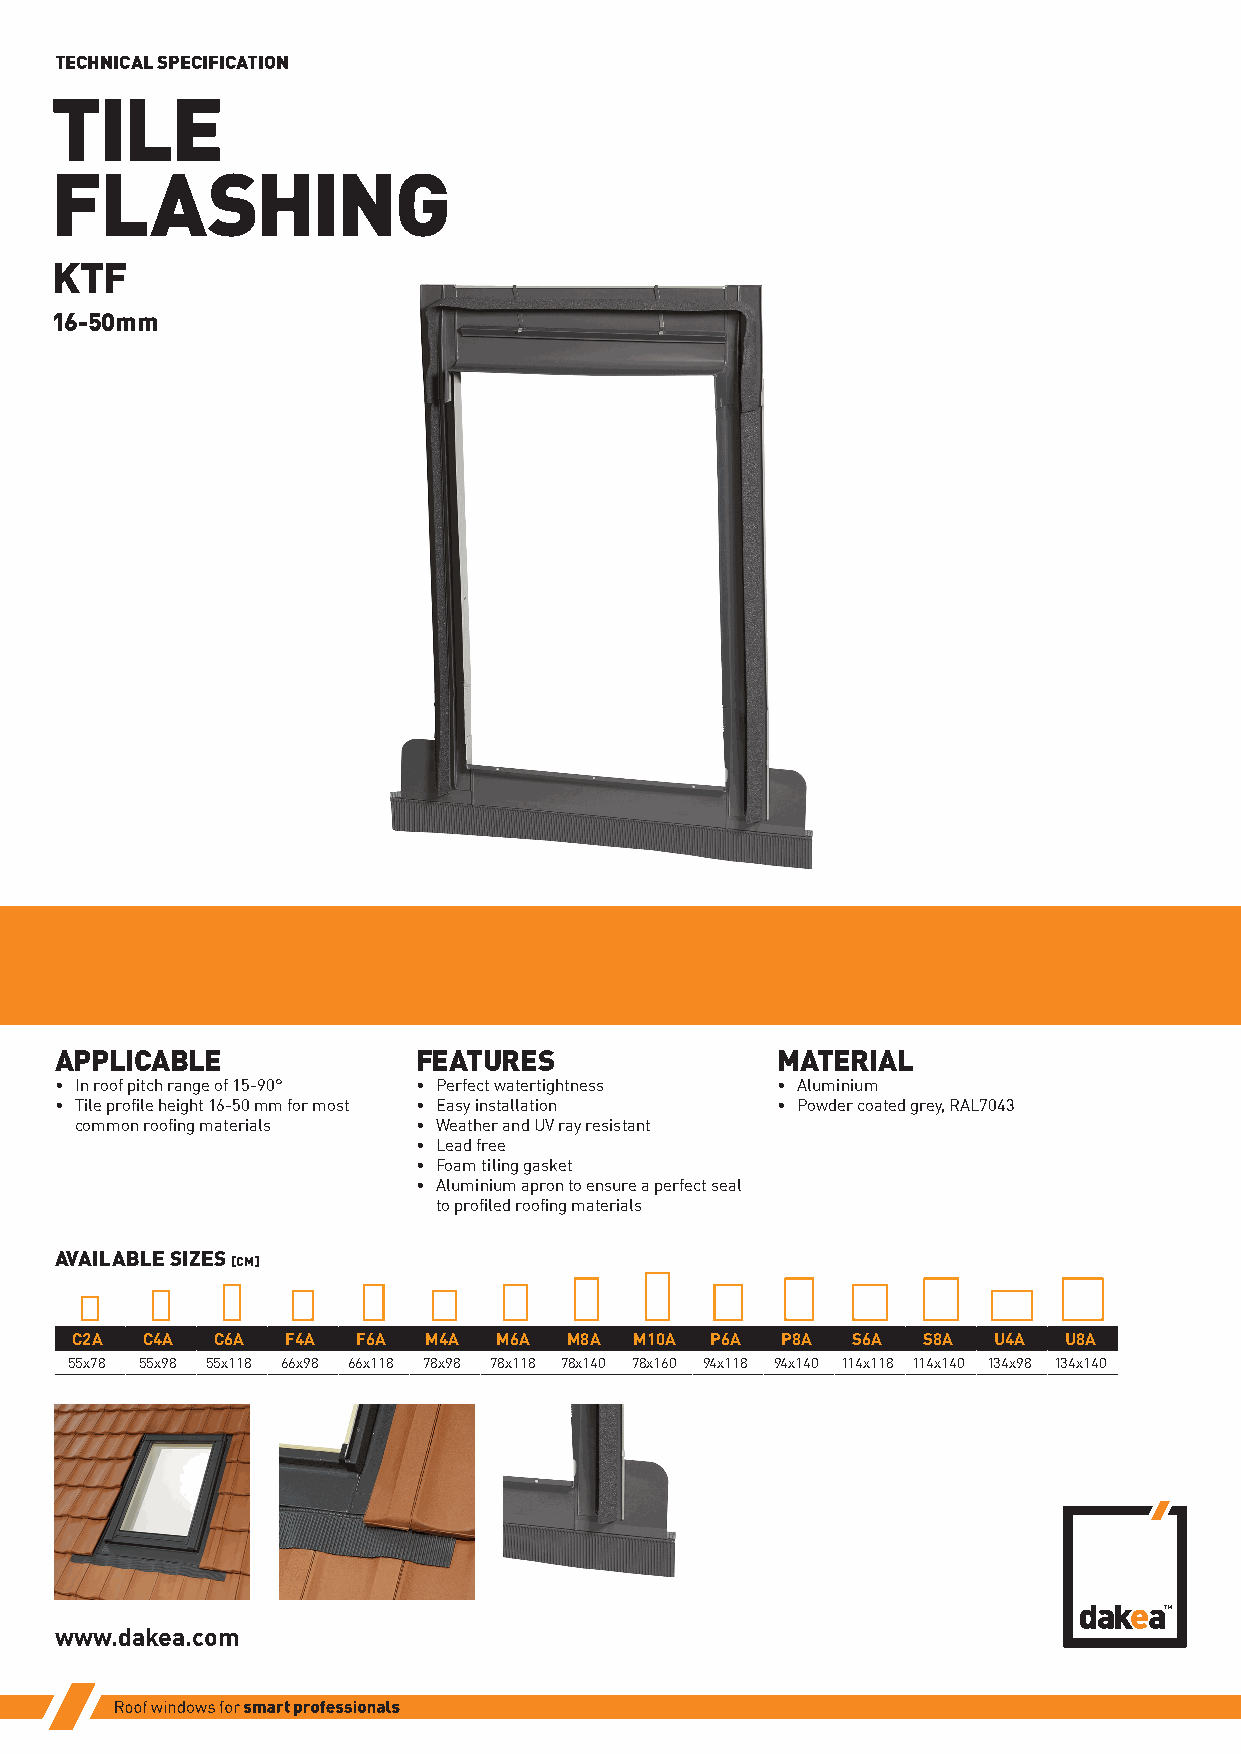
TECHNICAL SPECIFICATION
 TILE
 FLASHING
 KTF
 16-50mm
 APPLICABLE             FEATURES                MATERIAL
 • In roof pitch range of 15-90° • Perfect watertightness • Aluminium
 • Tile profile height 16-50 mm for most • Easy installation • Powder coated grey, RAL7043
 common roofing materials • Weather and UV ray resistant
 • Lead free
 • Foam tiling gasket
 • Aluminium apron to ensure a perfect seal
 to profiled roofing materials
 AVAILABLE SIZES
 [CM]
 C2A C4A  C6A  F4A  F6A M4A  M6A  M8A M10A P6A  P8A S6A  S8A  U4A U8A
 55x78 55x98 55x118 66x98 66x118 78x98 78x118 78x140 78x160 94x118 94x140 114x118 114x140 134x98 134x140
 www.dakea.com